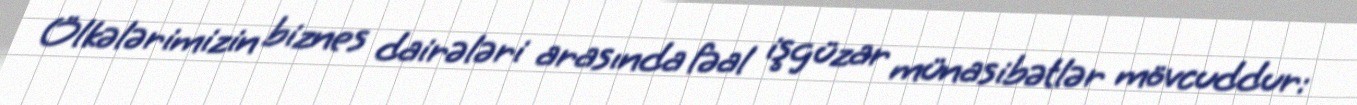
Ölkələrimizin biznes dairələri arasında fəal işgüzar münasibətlər mövcuddur: